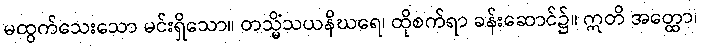
မထွက်သေးသော မင်းရှိသော။ တသ္မိံသယနိဃရေ၊ ထိုစက်ရာ ခန်းဆောင်၌။ ဣတိ အတ္ထော၊